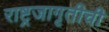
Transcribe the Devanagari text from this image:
राष्ट्रजागृतीची